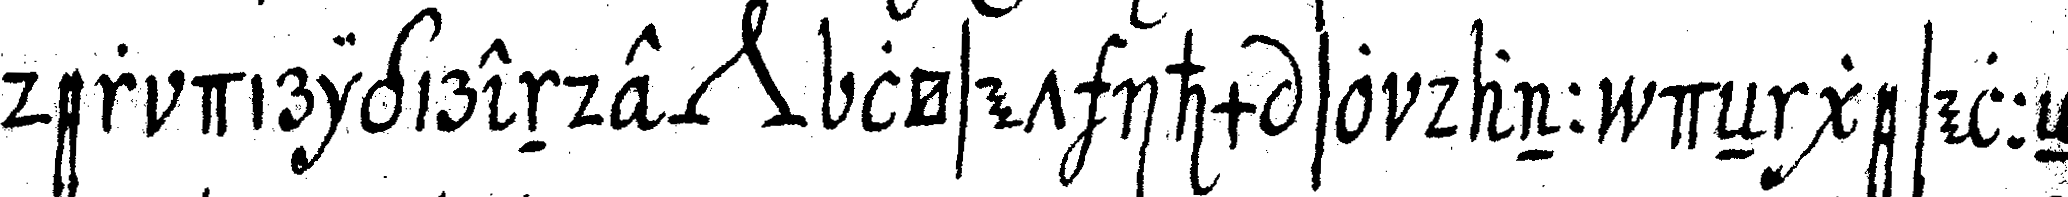
der dirigirende *nee* löset ihm so dann deN geselleN